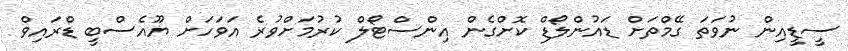
ސީޑީއިން ނުވަތަ ގޭމްތަށް ޑައުންލޯޑް ކޮށްގެން އިންސްޓޯލް ކުރުމަށްވުރެ އަވަހަށް ޔޫއެސްބީ ޑްރައިވް